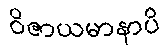
ဝိဇာယမာနာပိ